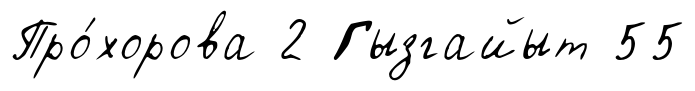
Про́хорова 2 Гызгайыт 55